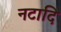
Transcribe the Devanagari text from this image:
नटादि